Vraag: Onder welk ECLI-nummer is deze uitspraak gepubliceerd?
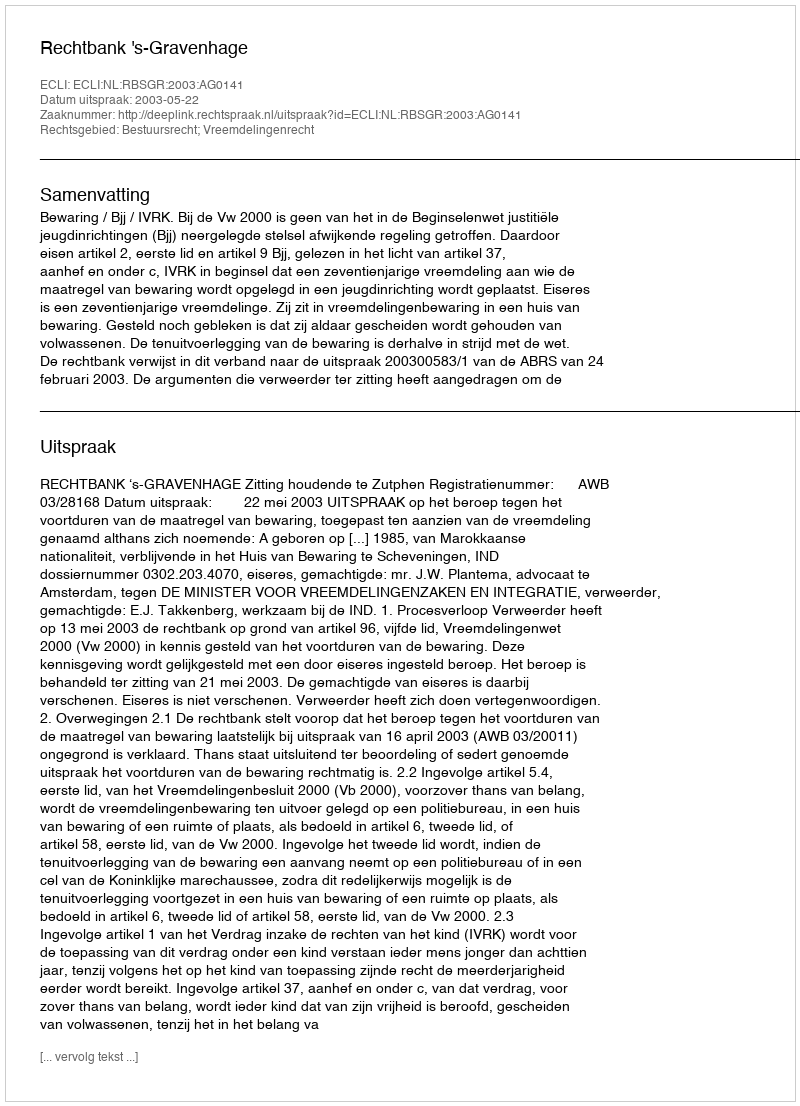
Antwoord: ECLI:NL:RBSGR:2003:AG0141